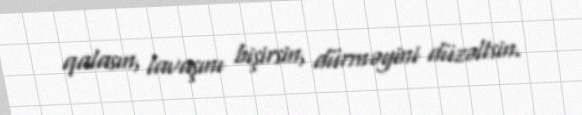
qalasın, lavaşını bişirsin, dürməyini düzəltsin.